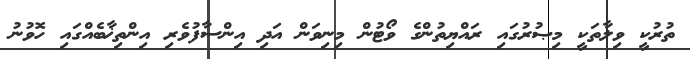
ތުރުކީ ވިލާތަކީ މިޞުރުގައި ރައްޔިތުންގެ ވޯޓުން މިނިވަން އަދި އިންސާފުވެރި އިންތިޚާބެއްގައި ހޮވުނު